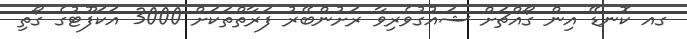
ގއ ކޮނޑޭ އިން ގޯއްޗަށް ޝައުގުވެރިވާ ރަށުންބޭރު ފަރާތްތަކަށް 3000 އަކަފޫޓުގެ ގޯތި